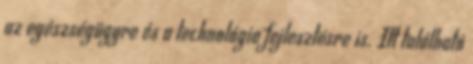
az egészségügyre és a technológia fejlesztésre is. Itt található